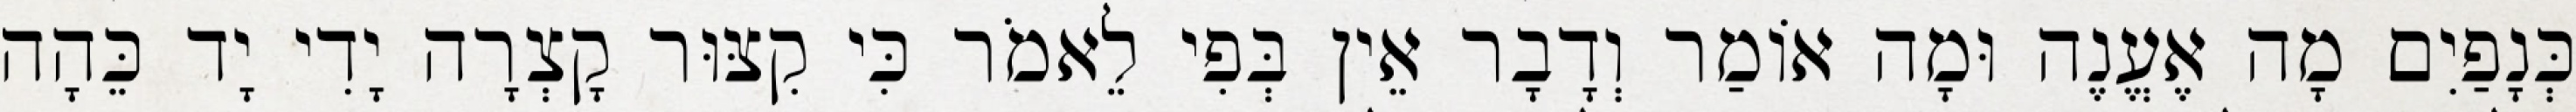
כְּנָפַיִם מָה אֶעֱנֶה וּמָה אוֹמַר וְדָבָר אֵין בְּפִי לֵאמֹר כִּי קִצּוּר קָצְרָה יָדִי יָד כֵּהָה